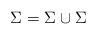
LaTeX: \begin{align*}\Sigma = \Sigma_{} \cup \Sigma_{}\end{align*}